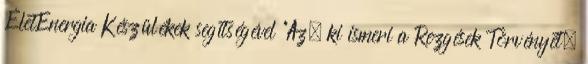
ÉletEnergia Készülékek segítségével "Az, ki ismeri a Rezgések Törvényét,